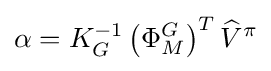
\alpha =K_{G}^{-1}\left(\Phi _{M}^{G}\right)^{T}{\widehat {V}}^{\pi }